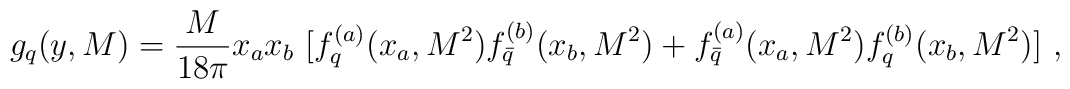
g_q (y, M)= {M \over 18\pi} x_a x_b \ [f^{(a)}_q (x_a,M^2)f^{(b)}_{\bar q} (x_b, M^2) + f^{(a)}_{\bar q} (x_a, M^2) f^{(b)}_q (x_b,M^2)]\ ,